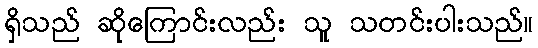
ရှိသည် ဆိုကြောင်းလည်း သူ သတင်းပါးသည်။